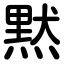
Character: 黙